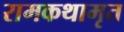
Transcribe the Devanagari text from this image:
रामकथामृत